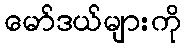
မော်ဒယ်များကို